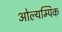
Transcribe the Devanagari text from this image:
ओल्यम्पिक